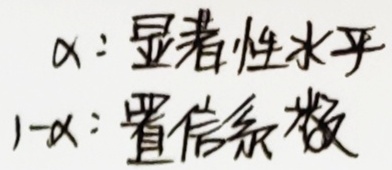
\(\alpha\)：显著性水平
\(1 - \alpha\)：置信系数